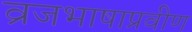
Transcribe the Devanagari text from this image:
व्रजभाषाप्रवीण